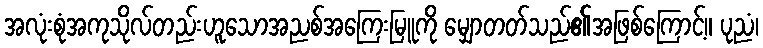
အလုံးစုံအကုသိုလ်တည်းဟူသောအညစ်အကြေးမြူကို မျှောတတ်သည်၏အဖြစ်ကြောင့်။ ပုညံ၊